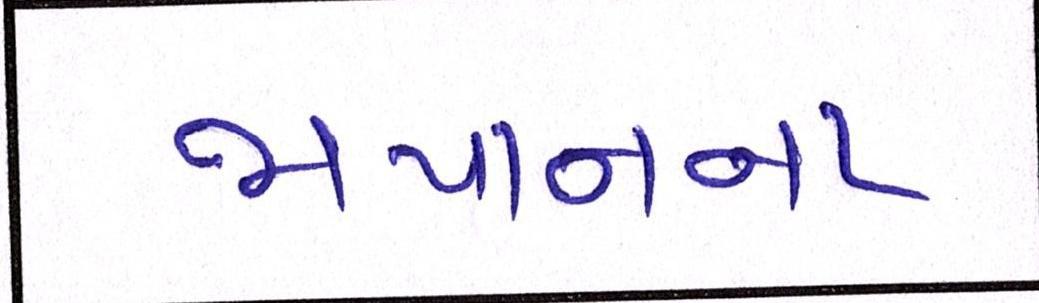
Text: જાપાનના